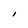
Character: I